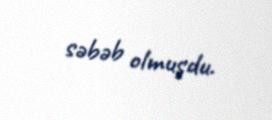
səbəb olmuşdu.